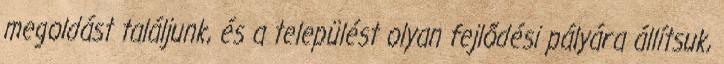
megoldást találjunk, és a települést olyan fejlődési pályára állítsuk,